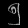
Digit: ၅